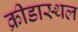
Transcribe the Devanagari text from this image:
क्रीडास्थल